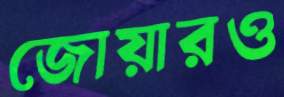
জোয়ারও